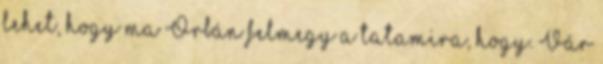
lehet, hogy ma Orbán felmegy a tatamira, hogy. Vár